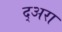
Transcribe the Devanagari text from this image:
द्अरा